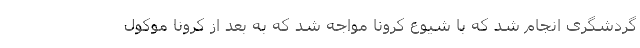
گردشگری انجام شد که با شیوع کرونا مواجه شد که به بعد از کرونا موکول